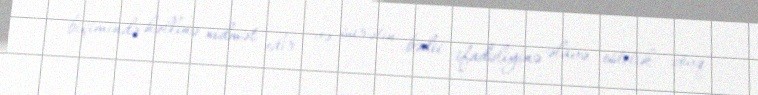
biçimində həllinə xidmət edir və surətin bədii ifadəliyinə əlavə estetik zövq